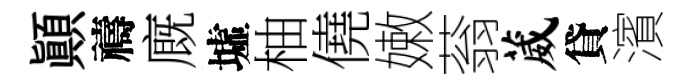
顚禱廐墟柚僥嫩蓊葳貸濱